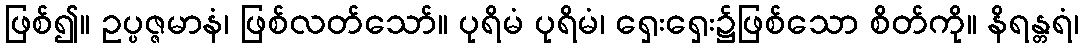
ဖြစ်၍။ ဥပ္ပဇ္ဇမာနံ၊ ဖြစ်လတ်သော်။ ပုရိမံ ပုရိမံ၊ ရှေးရှေး၌ဖြစ်သော စိတ်ကို။ နိရန္တရံ၊